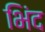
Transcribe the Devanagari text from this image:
भिंद